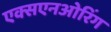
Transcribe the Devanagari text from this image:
एक्सएनओरिंग